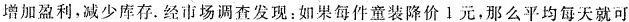
增加盈利，减少库存。经市场调查发现：如果每件童装降价1元，那么平均每天就可